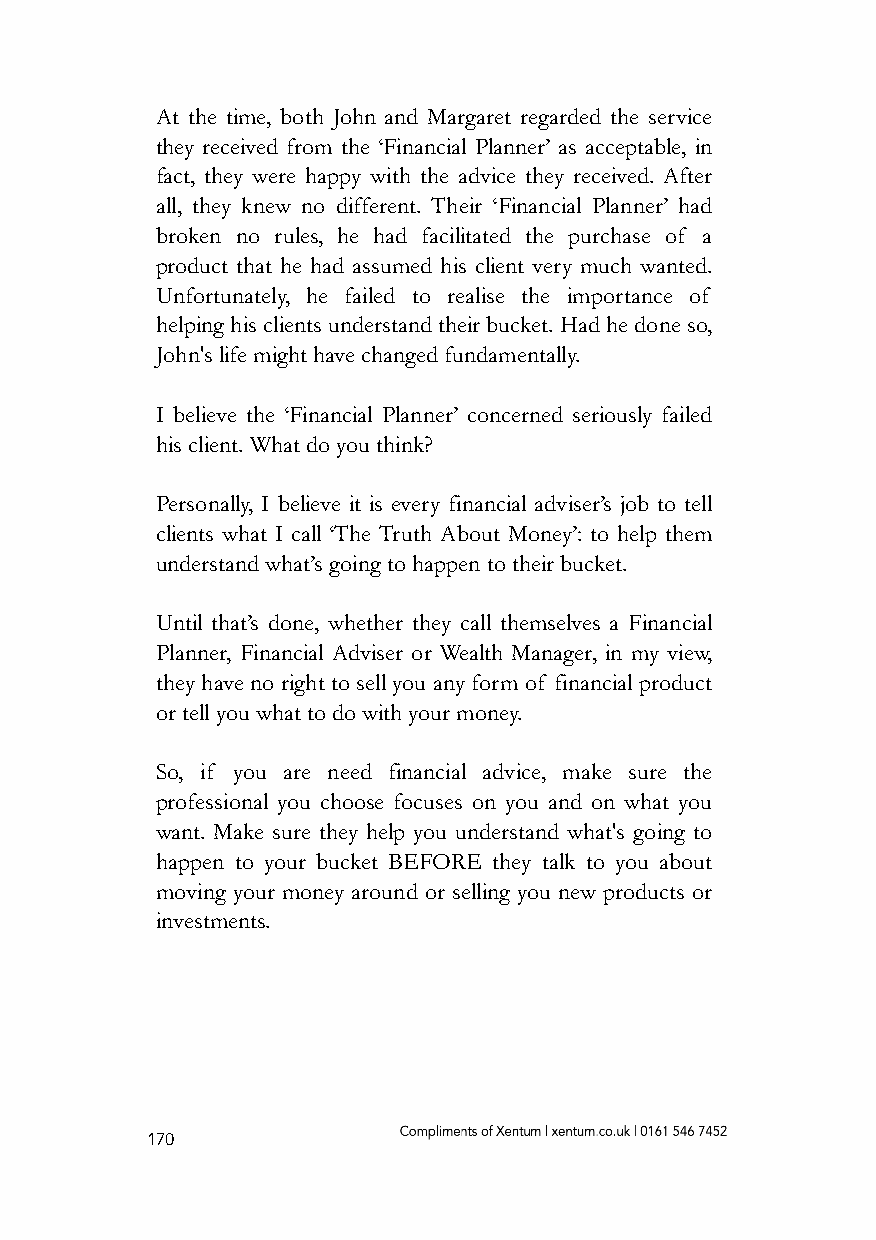
At the time, both John and Margaret regarded the service
 they received from the ‘Financial Planner’ as acceptable, in
 fact, they were happy with the advice they received. After
 all, they knew no different. Their ‘Financial Planner’ had
 broken no rules, he had facilitated the purchase of a
 product that he had assumed his client very much wanted.
 Unfortunately, he failed to realise the importance of
 helping his clients understand their bucket. Had he done so,
 John's life might have changed fundamentally.
 I believe the ‘Financial Planner’ concerned seriously failed
 his client. What do you think?
 Personally, I believe it is every financial adviser’s job to tell
 clients what I call ‘The Truth About Money’: to help them
 understand what’s going to happen to their bucket.
 Until that’s done, whether they call themselves a Financial
 Planner, Financial Adviser or Wealth Manager, in my view,
 they have no right to sell you any form of financial product
 or tell you what to do with your money.
 So, if you are need financial advice, make sure the
 professional you choose focuses on you and on what you
 want. Make sure they help you understand what's going to
 happen to your bucket BEFORE they talk to you about
 moving your money around or selling you new products or
 investments.
 170